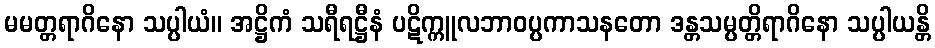
မမတ္တရာဂိနော သပ္ပါယံ။ အဋ္ဌိကံ သရီရဋ္ဌီနံ ပဋိက္ကူလဘာဝပ္ပကာသနတော ဒန္တသမ္ပတ္တိရာဂိနော သပ္ပါယန္တိ